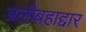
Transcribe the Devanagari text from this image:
अलीबहाद्दार